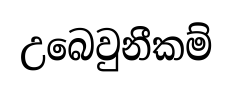
උබෙවුනීකම්